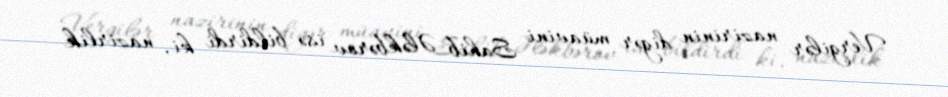
Vergilər nazirinin digər müavini Sahib Ələkbərov isə bildirdi ki, nazirlik